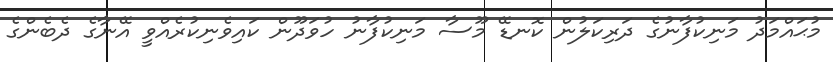
މުޙައްމަދު މަނިކުފާނުގެ ދަރިކަލުން ކޮނޑޭ މޫސާ މަނިކުފާނު ހުވަދޫން ކައިވެނިކުރެއްވީ އޭނާގެ ދެބެންގެ